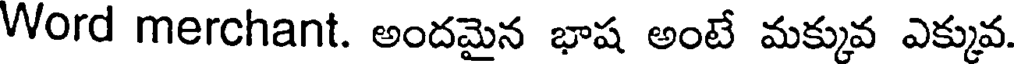
Word merchant. అందమైన భాష అంటే మక్కువ ఎక్కువ.